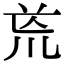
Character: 𭅟